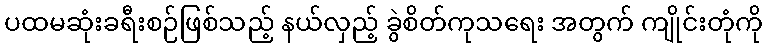
ပထမဆုံးခရီးစဉ်ဖြစ်သည့် နယ်လှည့် ခွဲစိတ်ကုသရေး အတွက် ကျိုင်းတုံကို